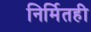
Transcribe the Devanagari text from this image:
निर्मितही